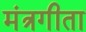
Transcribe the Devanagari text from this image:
मंत्रगीता